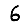
Digit: 6